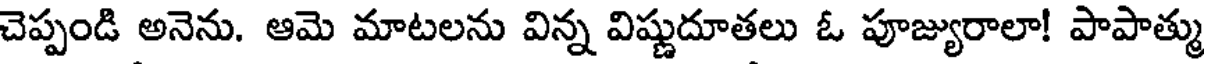
చెప్పండి అనెను. ఆమె మాటలను విన్న విష్ణుదూతలు ఓ పూజ్యురాలా! పాపాత్ము